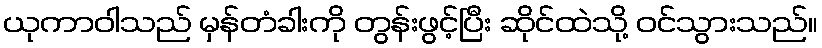
ယုကာဝါသည် မှန်တံခါးကို တွန်းဖွင့်ပြီး ဆိုင်ထဲသို့ ဝင်သွားသည်။